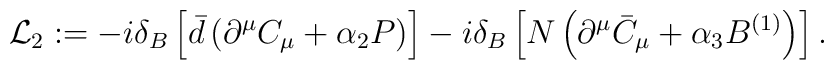
{\cal L}_2 := - i\delta_B\left[ \bar d \left( \partial^\mu C_{\mu} + \alpha_2 P \right) \right]- i \delta_B \left[ N \left( \partial^\mu \bar C_\mu +  \alpha_3 B^{(1)} \right) \right] .